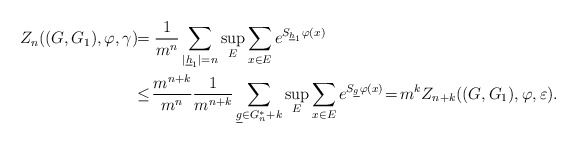
\begin{align*}Z_n((G,G_1),\varphi,\gamma)\!&\! =\frac{1}{m^n}\sum_{|\underline{h}_1|=n} \sup_{E}\sum_{x\in E}e^{S_{\underline h_1}\varphi(x)} \\ & \!\leq\!\frac{m^{n+k}}{m^{n}}\frac{1}{m^{n+k}}\sum_{{\underline g \in G_n^*}+k}\sup_{E}\sum_{x\in E}e^{S_{\underline g}\varphi(x)}\!=\! m^k Z_{n+k}((G,G_1),\varphi,\varepsilon).\end{align*}